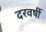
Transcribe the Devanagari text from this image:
दरवर्षी